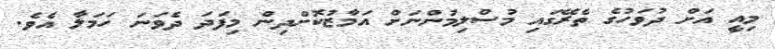
މިއީ އަށް ދުވަހުގެ ތެރޭގައި މުސްލިމުންނަށް އަމާޒުކޮށްދިން މިފަދަ ދެވަނަ ހަމަލާ އެވެ.